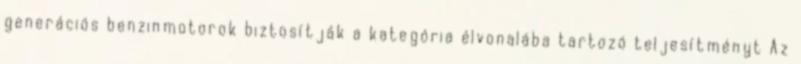
generációs benzinmotorok biztosítják a kategória élvonalába tartozó teljesítményt Az